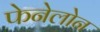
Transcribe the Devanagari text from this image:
फेनेलोन